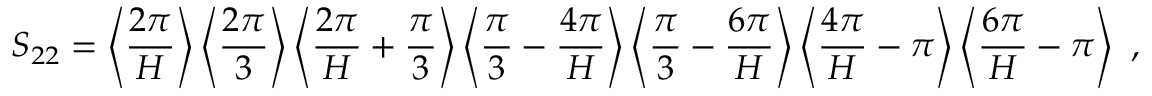
S _ { 2 2 } = \left\langle \frac { 2 \pi } { H } \right\rangle \left\langle \frac { 2 \pi } { 3 } \right\rangle \left\langle \frac { 2 \pi } { H } + \frac { \pi } { 3 } \right\rangle \left\langle \frac { \pi } { 3 } - \frac { 4 \pi } { H } \right\rangle \left\langle \frac { \pi } { 3 } - \frac { 6 \pi } { H } \right\rangle \left\langle \frac { 4 \pi } { H } - \pi \right\rangle \left\langle \frac { 6 \pi } { H } - \pi \right\rangle \ ,